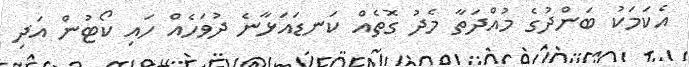
އެކަމަކު ބަންދުގެ މުއްދަތާ މެދު ގޮތެއް ކަނޑައަޅާނެ ދުވަހެއް ހައި ކޯޓުން އަދި